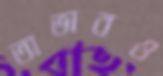
অভাবও